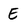
Character: E